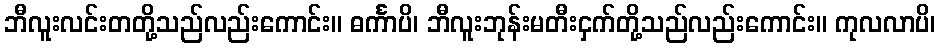
ဘီလူးလင်းတတို့သည်လည်းကောင်း။ ဓင်္ကာပိ၊ ဘီလူးဘုန်းမတီးငှက်တို့သည်လည်းကောင်း။ ကုလလာပိ၊